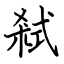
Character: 弒